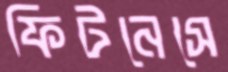
ফিটনেসে